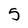
Character: 5